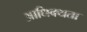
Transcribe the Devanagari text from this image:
आधिक्यता